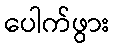
ပေါက်ဖွား